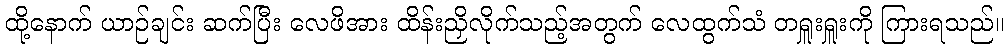
ထို့နောက် ယာဉ်ချင်း ဆက်ပြီး လေဖိအား ထိန်းညှိလိုက်သည့်အတွက် လေထွက်သံ တရှူးရှူးကို ကြားရသည်။